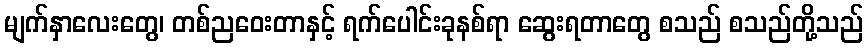
မျက်နှာလေးတွေ၊ တစ်ညဝေးတာနှင့် ရက်ပေါင်းခုနစ်ရာ ဆွေးရတာတွေ စသည် စသည်တို့သည်